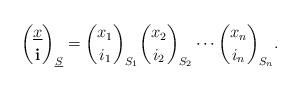
LaTeX: \begin{align*}\binom{\underline{x}}{\mathbf{i}}_{\underline{S}}=\binom{x_1}{i_1}_{S_1} \binom{x_2}{i_2}_{S_2} \cdots \binom{x_n}{i_n}_{S_n}.\end{align*}